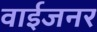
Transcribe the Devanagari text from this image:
वाईजनर